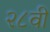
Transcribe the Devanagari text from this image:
२८वीं